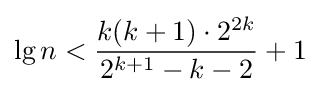
\lg n<{\frac {k(k+1)\cdot 2^{2k}}{2^{k+1}-k-2}}+1